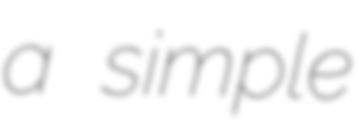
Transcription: a simple